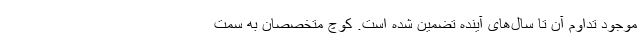
موجود تداوم آن تا سال‌های آینده تضمین شده است. کوچ متخصصان به سمت